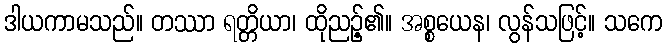
ဒါယကာမသည်။ တဿာ ရတ္တိယာ၊ ထိုညဉ့်၏။ အစ္စယေန၊ လွန်သဖြင့်။ သကေ